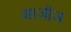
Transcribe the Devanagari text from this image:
आजीज